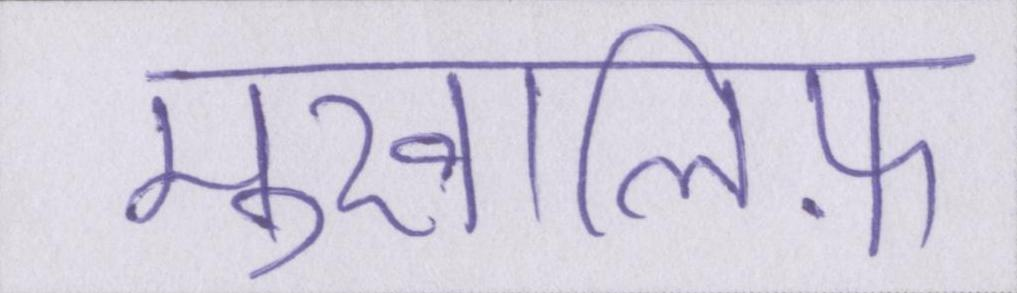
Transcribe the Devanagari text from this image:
मुखालिफ़